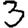
Digit: 3